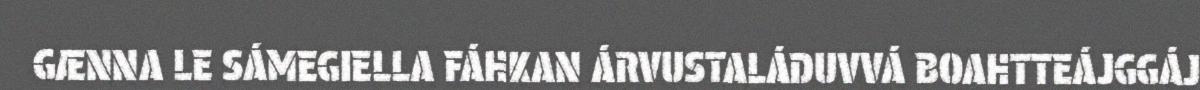
GÆNNA LE SÁMEGIELLA FÁHKAN ÁRVUSTALÁDUVVÁ BOAHTTEÁJGGÁJ